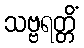
သဗ္ဗရတ္တိံ